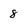
Character: 8